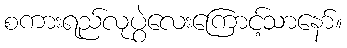
စကားရည်လုပွဲလေးကြောင့်သာနော်။